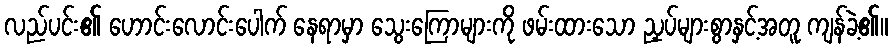
လည်ပင်း၏ ဟောင်းလောင်းပေါက် နေရာမှာ သွေးကြောများကို ဖမ်းထားသော ညှပ်များစွာနှင့်အတူ ကျန်ခဲ့၏။